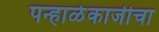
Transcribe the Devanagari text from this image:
पन्हाळेकाजीचा